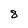
Character: 8